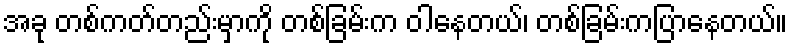
အခု တစ်ကတ်တည်းမှာကို တစ်ခြမ်းက ဝါနေတယ်၊ တစ်ခြမ်းကပြာနေတယ်။